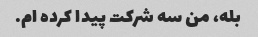
بله، من سه شرکت پیدا کرده ام.